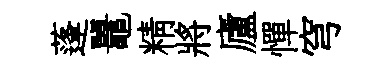
蓬鼉精將廬憚穹